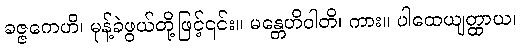
ခဇ္ဇကေဟိ၊ မုန့်ခဲဖွယ်တို့ဖြင့်၎င်း။ မန္တေဟိဝါတိ၊ ကား။ ပါထေယျတ္ထာယ၊